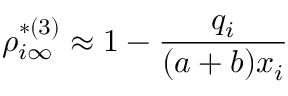
\rho _ { i \infty } ^ { * ( 3 ) } \approx 1 - \frac { q _ { i } } { ( a + b ) x _ { i } }